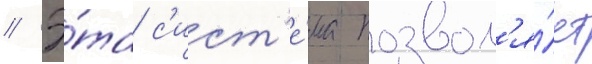
// Э́та с'ист'е́ма позвол'я́ет